Leprosy in India: report of the Leprosy Commission in India, 1890-91
Year: 1890
Disease focus: Leprosy
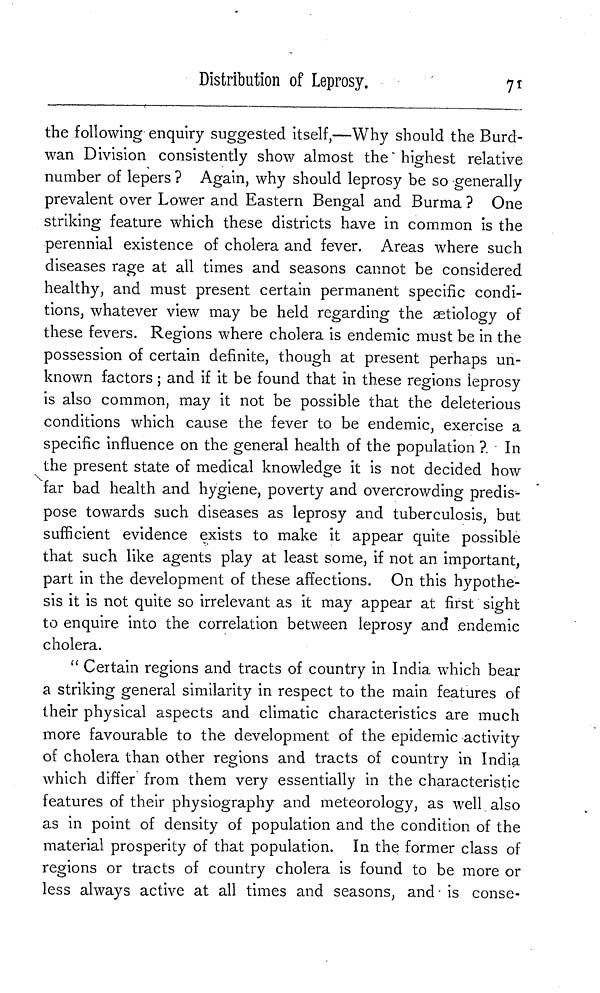
Distribution of Leprosy.
71
the following enquiry suggested itself,—Why should the Burd-
wan Division consistently show almost the " highest relative
number of lepers ? Again, why should leprosy be so generally
prevalent over Lower and Eastern Bengal and Burma ? One
striking feature which these districts have in common is the
perennial existence of cholera and fever. Areas where such
diseases rage at all times and seasons cannot be considered
healthy, and must present certain permanent specific condi-
tions, whatever view may be held regarding the aetiology of
these fevers. Regions where cholera is endemic must be in the
possession of certain definite, though at present perhaps un-
known factors ; and if it be found that in these regions leprosy
is also common, may it not be possible that the deleterious
conditions which cause the fever to be endemic, exercise a
specific influence on the general health of the population ?. In
the present state of medical knowledge it is not decided how
far bad health and hygiene, poverty and overcrowding predis-
pose towards such diseases as leprosy and tuberculosis, but
sufficient evidence exists to make it appear quite possible
that such like agents play at least some, if not an important,
part in the development of these affections. On this hypothe-
sis it is not quite so irrelevant as it may appear at first sight
to enquire into the correlation between leprosy and endemic
cholera.
" Certain regions and tracts of country in India which bear
a striking general similarity in respect to the main features of
their physical aspects and climatic characteristics are much
more favourable to the development of the epidemic activity
of cholera than other regions and tracts of country in India
which differ from them very essentially in the characteristic
features of their physiography and meteorology, as well also
as in point of density of population and the condition of the
material prosperity of that population. In the former class of
regions or tracts of country cholera is found to be more or
less always active at all times and seasons, and is conse-